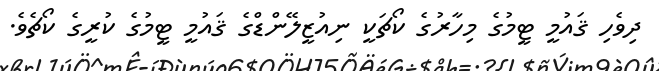
ދިވެހި ޤައުމީ ޓީމުގެ މިހާރުގެ ކޯޗަކީ ނިއުޒީލޭންޑްގެ ޤައުމީ ޓީމުގެ ކުރީގެ ކޯޗެވެ.